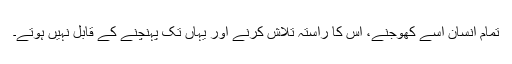
تمام انسان اسے کھوجنے، اس کا راستہ تلاش کرنے اور یہاں تک پہنچنے کے قابل نہیں ہوتے۔